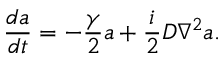
\frac { d a } { d t } = - \frac { \gamma } { 2 } a + \frac { i } { 2 } D \nabla ^ { 2 } a .